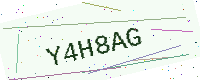
Text: Y4H8AG